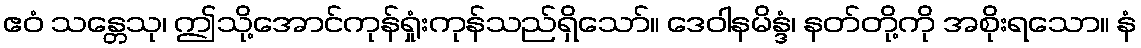
ဧဝံ သန္တေသု၊ ဤသို့အောင်ကုန်ရှုံးကုန်သည်ရှိသော်။ ဒေဝါနမိန္ဒံ၊ နတ်တို့ကို အစိုးရသော။ နံ